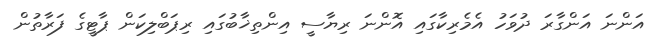
އަންނަ އަންގާރަ ދުވަހު އެމެރިކާގައި އޮންނަ ރިޔާސީ އިންތިޚާބުގައި ރިޕަބްލިކަން ޕާޓީގެ ފަރާތުން